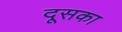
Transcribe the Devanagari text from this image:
दूसका